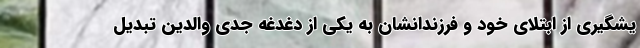
یشگیری از ابتلای خود و فرزندانشان به یکی از دغدغه جدی والدین تبدیل